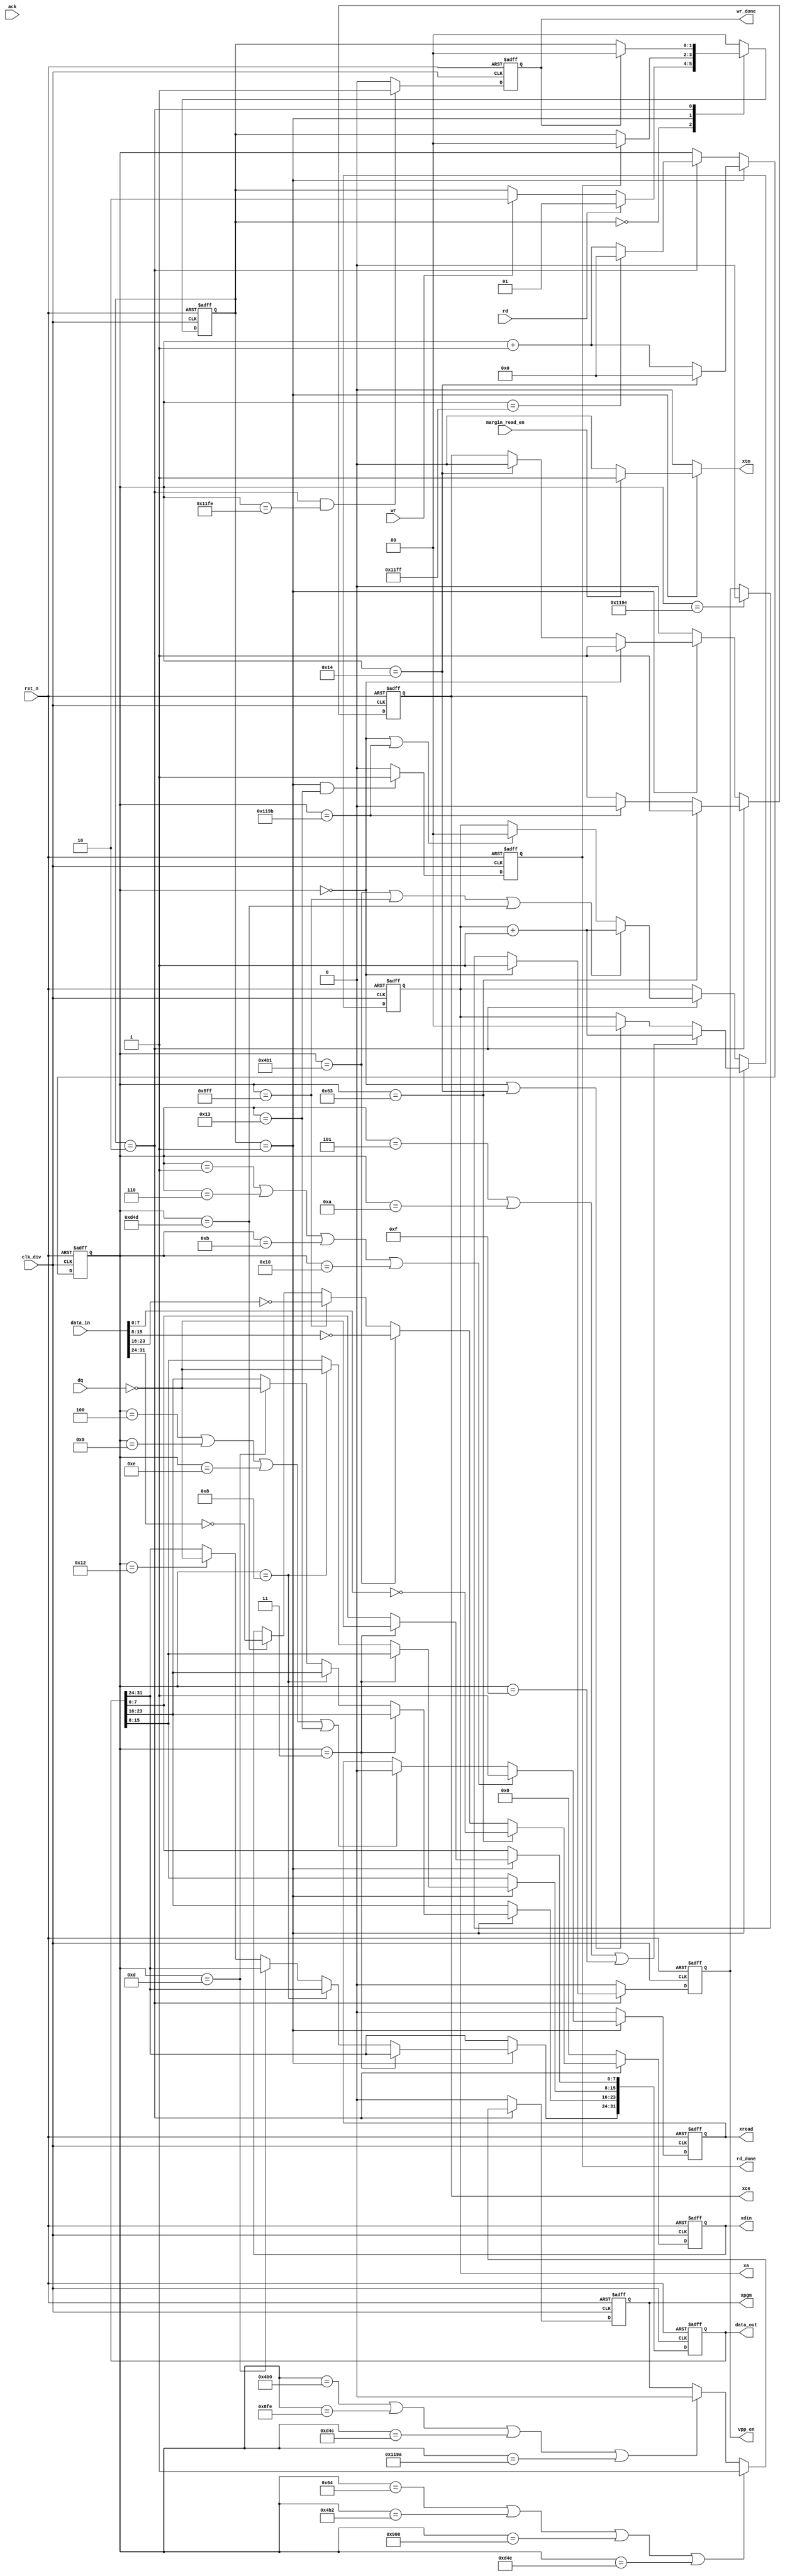
`timescale 1ns/1ps
//////////////////////////////////////////////////////////////////////////////////
// Company: 
// Engineer: 
// 
// Design Name: 
// Module Name: eprom_controller
// Project Name: 
// Target Devices: 
// Tool Versions: 
// Description: 
// 
// Dependencies: 
// 
// Revision:
// Revision:0.1
// Additional Comments:
// 
//////////////////////////////////////////////////////////////////////////////////

module eprom_controller #(parameter M=32) (
     // controller from main state machine 
	 
	 input rst_n,
	 input clk_div,
	 input wr,
	 input rd,
	 input ack,
	 input [M-1:0] data_in,
	 input margin_read_en,
	 output reg [M-1:0] data_out,
	 
	 //controller to eprom_controller
	 input [7:0] dq,
	 output reg xce,
	 output reg xread,
	 output reg xpgm,
	 output reg xtm,
	 output reg [1:0] xa,
	 output reg [7:0] xdin,
	 
	 // controller to main state machine
	 output reg rd_done,
	 output reg wr_done,
	 output reg vpp_en
	 
	 );
	 
	reg [12:0] cnt_read_pgm ;
	reg [1:0] state_c ;
	reg [1:0] state_n ;
	
	localparam STAND_BY = 2'b00 ;
    localparam READ = 2'b01 ;
    localparam PGM  = 2'b10 ;

    always @(posedge clk_div or negedge rst_n) begin
        if(!rst_n)
            state_c <= STAND_BY ;
        else
            state_c <= state_n ;
    end

    always @(*) begin
        case(state_c)
            STAND_BY:begin
                if(rd)
                    state_n = READ;
                else if(wr)
                    state_n = PGM;
                else
                    state_n = state_c;
            end
            READ:begin
                if(rd_done)
                    state_n = STAND_BY;
                else
                    state_n = state_c;
            end
            PGM:begin
                if(wr_done)
                    state_n = STAND_BY;
                else 
                    state_n = state_c;
            end
            default:state_n = STAND_BY;
        endcase
    end
	
	
	
	 /********************************cnt_read_pgm***********************/
	always@(posedge clk_div or negedge rst_n) begin
	    if(!rst_n) begin 
		    cnt_read_pgm <= 13'd0 ;
		end 
		else if (state_c == READ) begin 
		     if (cnt_read_pgm == 13'd20) begin 
			     cnt_read_pgm <= 13'd0 ;
			end 
			else begin 
			    cnt_read_pgm <= cnt_read_pgm + 1'b1 ;
			end 
		end 
		else if (state_c == PGM) begin 
		    if (cnt_read_pgm == 13'd4607) begin 
			    cnt_read_pgm <= 13'd0 ;
			end 
			else begin 
			    cnt_read_pgm <= cnt_read_pgm + 1'b1 ;
			end 
		end 
		else begin
		    cnt_read_pgm <= cnt_read_pgm ;
		end 
	end 
	
	
	
	/********************************rd_done*******************************/
	always@(posedge clk_div or negedge rst_n) begin 
	    if(!rst_n) begin 
		    rd_done <= 1'b0 ;
		end 
		else if(state_c == READ && cnt_read_pgm == 13'd19) begin
		    rd_done <= 1'b1 ;
	    end 
		else if(ack) begin 
		    rd_done <= 1'b0 ;
		end 
		else begin
		    rd_done <= 1'b0 ;
		end 
	end 
	
	/*********************************wr_done***************************/
	always@(posedge clk_div or negedge rst_n) begin
	    if(!rst_n) begin 
		    wr_done <= 1'b0 ;
		end 
		else if(state_c == PGM && cnt_read_pgm == 13'd4606) begin
		    wr_done <= 1'b1 ;
		end 
		else if(ack) begin 
		    wr_done <= 1'b0 ;
		end 
		else begin 
		    wr_done <= 1'b0 ;
		end 
	end 
	
	/**********************************xa***********************************/
	always@(posedge clk_div or negedge rst_n) begin 
	    if(!rst_n) begin 
		    xa <= 2'b00 ;
		end 
	    else if(state_c == READ) begin 
		    if((cnt_read_pgm == 13'd5) || (cnt_read_pgm == 13'd10) || (cnt_read_pgm == 13'd15)) begin 
			    xa <= xa + 1'b1 ;
			end 
			else if((cnt_read_pgm == 13'd0) || (cnt_read_pgm == 13'd20)) begin
                xa <= 2'b00 ;
			end 
			else begin 
			    xa <= xa ;
			end 
         end 
        else if(state_c == PGM) begin 
             if((cnt_read_pgm == 13'd1201) || (cnt_read_pgm == 13'd2303) || (cnt_read_pgm == 13'd3405)) begin
                 xa <= xa + 1'b1 ;
             end 
             else if ((cnt_read_pgm == 13'd0) || (cnt_read_pgm == 13'd4507)) begin 
                 xa <= 2'b00 ;
             end 
			 else begin
			     xa <= xa ;
			end 
         end 
        else begin 
             xa <= xa ;
        end 
    end 		
			
	/************************************xread********************************/
	always@(posedge clk_div or negedge rst_n) begin 
	    if(!rst_n) begin 
		    xread <= 1'b0 ;
		end 
		else if(state_c == READ) begin 
		    if((cnt_read_pgm == 13'd1) || (cnt_read_pgm == 13'd6) || (cnt_read_pgm == 13'd11) || (cnt_read_pgm == 13'd16)) begin
			    xread <= 1'b1 ;
			end 
			else if ((cnt_read_pgm == 13'd4) || (cnt_read_pgm == 13'd9) || (cnt_read_pgm == 13'd14) || (cnt_read_pgm == 13'd19)) begin 
			    xread <= 1'b0 ;
			end 
			else begin 
			    xread <= xread ;
			end
		end 
		else begin
		    xread <= 1'b0 ;
		end 
	end 
	
	/*********************************xpgm***********************************/
	always@(posedge clk_div or negedge rst_n) begin 
	    if(!rst_n) begin 
		    xpgm <= 1'b0 ;
		end 
		else if (state_c == PGM) begin 
		    if((cnt_read_pgm == 13'd100) || (cnt_read_pgm == 13'd1202) || (cnt_read_pgm == 13'd2304) || (cnt_read_pgm == 13'd3406)) begin
			    xpgm <= 1'b1 ;
			end 
		    else if((cnt_read_pgm == 13'd1200) || (cnt_read_pgm == 13'd2302) || (cnt_read_pgm == 13'd3404) || (cnt_read_pgm == 13'd4506)) begin
			    xpgm <= 1'b0 ;
			end 
			else begin
			    xpgm <= xpgm ;
			end 
		end 
		else begin 
		    xpgm <= 1'b0 ;
		end 
	end 
	
	/******************************************xdin***************************************/
	always@(posedge clk_div or negedge rst_n) begin 
	    if(!rst_n) begin 
		    xdin <= 8'd0 ;
		end 
		else if(state_c == PGM) begin 
		    if(cnt_read_pgm == 13'd99) begin
			    xdin <= ~data_in[7:0] ;
			end 
			else if(cnt_read_pgm == 13'd1201) begin 
			    xdin <= ~data_in[15:8] ;
			end 
			else if(cnt_read_pgm == 13'd2303) begin
			    xdin <= ~data_in[23:16] ;
			end 
			else if(cnt_read_pgm == 13'd3405) begin 
			    xdin <= ~data_in[31:24] ;
			end 
			else  begin 
			    xdin <= xdin ;
		    end 
		end 
		else begin 
		    xdin <= 8'd0 ;
		end 
	end 
	
	/*********************************data_out**********************************************/
	always@(posedge clk_div or negedge rst_n) begin 
	    if(!rst_n) begin 
		    data_out <= 32'd0 ;
		end 
		else if(state_c == READ) begin 
		    if(cnt_read_pgm == 13'd3) begin 
			    data_out[7:0] <= ~dq ;
			end 
			else if(cnt_read_pgm == 13'd8) begin 
			    data_out[15:8] <= ~dq ;
			end 
			else if(cnt_read_pgm == 13'd13) begin 
			    data_out[23:16] <= ~dq ;
			end 
			else if(cnt_read_pgm == 13'd18) begin 
			    data_out[31:24] <= ~dq ;
			end 
			else begin 
			    data_out <= data_out ;
			end 
		end 
		else begin 
		    data_out <= data_out ;
		end 
	end 
	
	/**********************************************vpp_en********************************************/
	always@(posedge clk_div or negedge rst_n) begin 
	    if(!rst_n) begin
		    vpp_en <= 1'b0 ;
		end 
		else if(state_c == PGM) begin 
		    if(cnt_read_pgm == 13'd0) begin
			    vpp_en <= 1'b1 ;
			end 
			else if(cnt_read_pgm == 13'd4510) begin
			    vpp_en <= 1'b0 ;
			end
			else begin 
			    vpp_en <= vpp_en ;
			end 
		end
		else begin
		    vpp_en <= 1'b0 ;
		end
	end 

	/******************************************xtm**************************************************/
	always@(*) begin
	    if(state_c == READ) begin
		    if(margin_read_en == 1'b1) begin
			    xtm = 1'b1 ;
			end
			else begin
			    xtm = 1'b0 ;
			end 
		end 
		else begin
		    xtm = 1'b0 ;
		end
	end 
	
	/**********************************************xce************************************************/
    always@(posedge clk_div or negedge rst_n) begin
	    if (!rst_n) begin 
		    xce <= 1'b0 ;
		end 
	    else if(state_c == PGM) begin
		    if(cnt_read_pgm == 13'd99) begin
			    xce <= 1'b1 ;
			end 
			else if(cnt_read_pgm == 13'd4507) begin 
			    xce <= 1'b0 ;
			end 
			else begin
			    xce <= xce ;
			end 
		end
		else if(state_c == READ) begin
		    if(cnt_read_pgm == 13'd0) begin
			    xce <= 1'b1 ;
			end 
			else if(cnt_read_pgm == 13'd20) begin 
			    xce <= 1'b0 ;
			end 
			else begin
			    xce <= xce ;
			end 
		end 
		else begin
		    xce <= 1'b0 ;
		end 
	end
	
endmodule